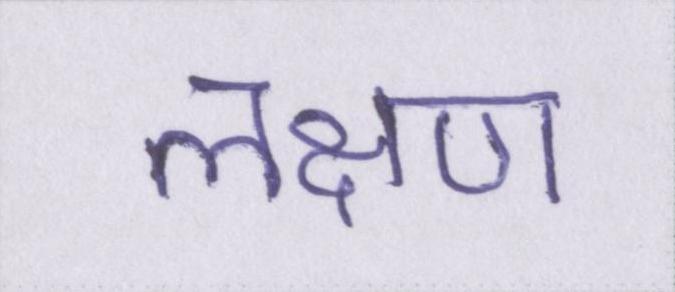
लक्षण